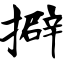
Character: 擗